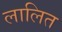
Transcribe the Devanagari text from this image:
लालित